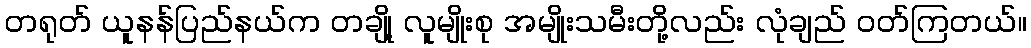
တရုတ် ယူနန်ပြည်နယ်က တချို့ လူမျိုးစု အမျိုးသမီးတို့လည်း လုံချည် ဝတ်ကြတယ်။